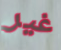
غير